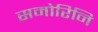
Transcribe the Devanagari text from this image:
समोरिनि